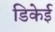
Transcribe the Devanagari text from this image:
डिकेई